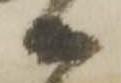
等